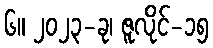
၆။ ၂၀၂၃-ခု၊ ဇူလိုင်-၁၅